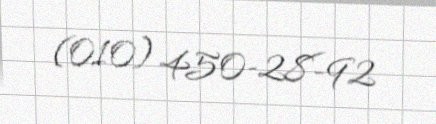
(010) 450-28-92